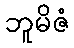
ဘူမိဇံ